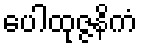
ပေါထုဇ္ဇနိကံ